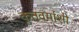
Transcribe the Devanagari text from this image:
कृतवर्माशी